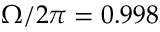
\Omega / 2 \pi = 0 . 9 9 8